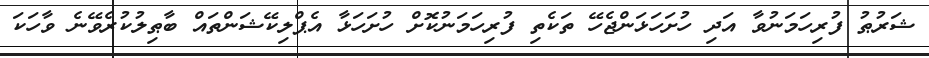
ޝަރުޠު ފުރިހަމަނުވާ އަދި ހުށަހަޅަންޖެހޭ ތަކެތި ފުރިހަމަނުކޮށް ހުށަހަޅާ އެޕްލިކޭޝަންތައް ބާޠިލުކުރެވޭނެ ވާހަކަ